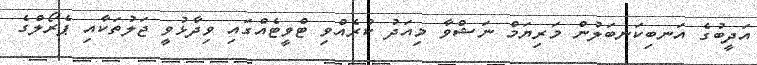
އަދީބުގެ އަނބިކަނބަލުން މަރިޔަމް ނަޝްވާ މިއަދު ކުރެއްވި ޓްވީޓެއްގައި ވިދާޅުވީ ޖަލުތަކާއި ޕެރޯލްގެ